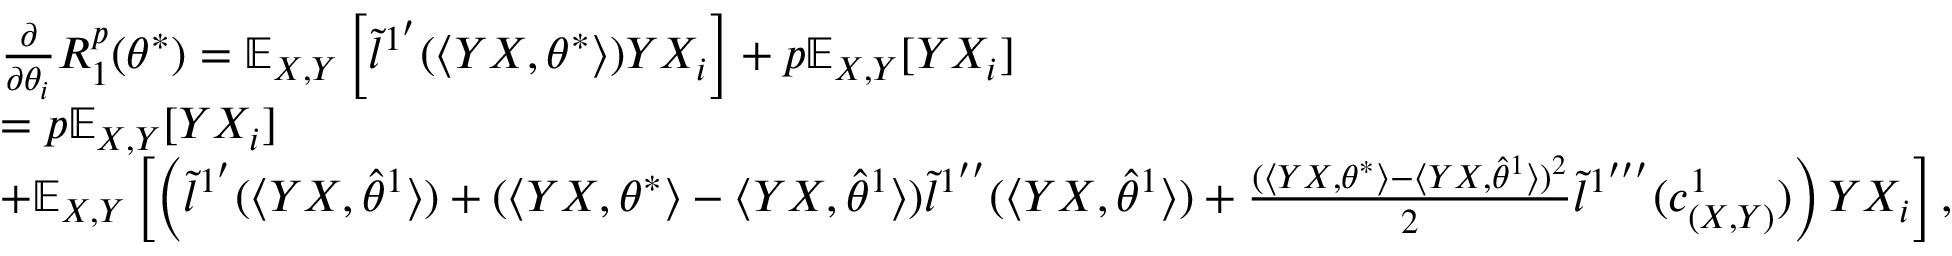
\begin{array} { r l } & { \frac { \partial } { \partial \theta _ { i } } R _ { 1 } ^ { p } ( \theta ^ { * } ) = \mathbb { E } _ { X , Y } \left[ \tilde { l } ^ { 1 ^ { \prime } } ( \langle Y X , \theta ^ { * } \rangle ) Y X _ { i } \right] + p \mathbb { E } _ { X , Y } [ Y X _ { i } ] } \\ & { = p \mathbb { E } _ { X , Y } [ Y X _ { i } ] } \\ & { + \mathbb { E } _ { X , Y } \left[ \left( \tilde { l } ^ { 1 ^ { \prime } } ( \langle Y X , \hat { \theta } ^ { 1 } \rangle ) + ( \langle Y X , \theta ^ { * } \rangle - \langle Y X , \hat { \theta } ^ { 1 } \rangle ) \tilde { l } ^ { 1 ^ { \prime \prime } } ( \langle Y X , \hat { \theta } ^ { 1 } \rangle ) + \frac { ( \langle Y X , \theta ^ { * } \rangle - \langle Y X , \hat { \theta } ^ { 1 } \rangle ) ^ { 2 } } { 2 } \tilde { l } ^ { 1 ^ { \prime \prime \prime } } ( c _ { ( X , Y ) } ^ { 1 } ) \right) Y X _ { i } \right] , } \end{array}